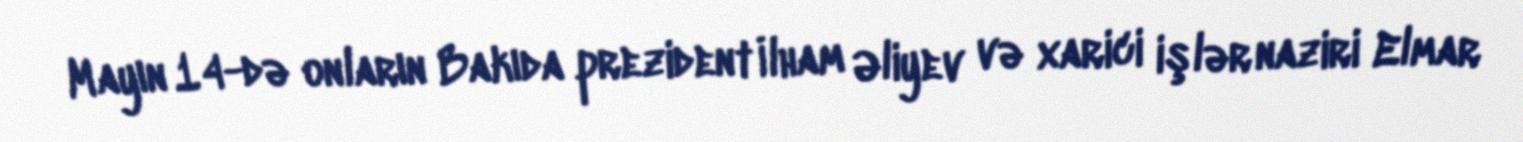
Mayın 14-də onların Bakıda prezident İlham Əliyev və xarici işlər naziri Elmar